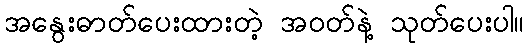
အနွေးဓာတ်ပေးထားတဲ့ အဝတ်နဲ့ သုတ်ပေးပါ။